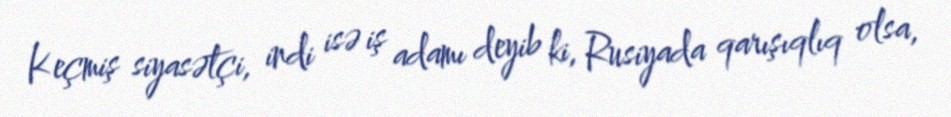
Keçmiş siyasətçi, indi isə iş adamı deyib ki, Rusiyada qarışıqlıq olsa,